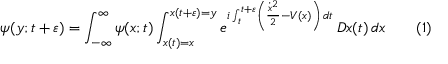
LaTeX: \psi ( y ; t + \varepsilon ) = \int _ { - \infty } ^ { \infty } \psi ( x ; t ) \int _ { x ( t ) = x } ^ { x ( t + \varepsilon ) = y } e ^ { i \int _ { t } ^ { t + \varepsilon } \left( { \frac { { \dot { x } } ^ { 2 } } { 2 } } - V ( x ) \right) \, d t } \, D x ( t ) \, d x \qquad ( 1 )